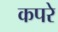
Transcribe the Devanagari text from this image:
कपरे